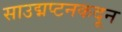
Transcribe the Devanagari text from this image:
साउद्मप्टनकदून